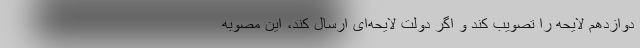
دوازدهم لایحه را تصویب کند و اگر دولت لایحه‌ای ارسال کند، این مصوبه